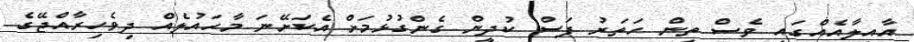
އާއިލާއެއްގައި ވެސް ތިން ހަތަރު ފަސް ކުދީން ގެންގުޅުމަށް އެކަށޭނަ މާހައުލެއް ދިވެހިރާއްޖޭގެ